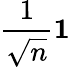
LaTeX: \frac{1}{\sqrt{n}}\textbf{1}